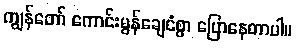
ကျွန်တော် ကောင်းမွန်ချေငံစွာ ပြောနေတာပါ။